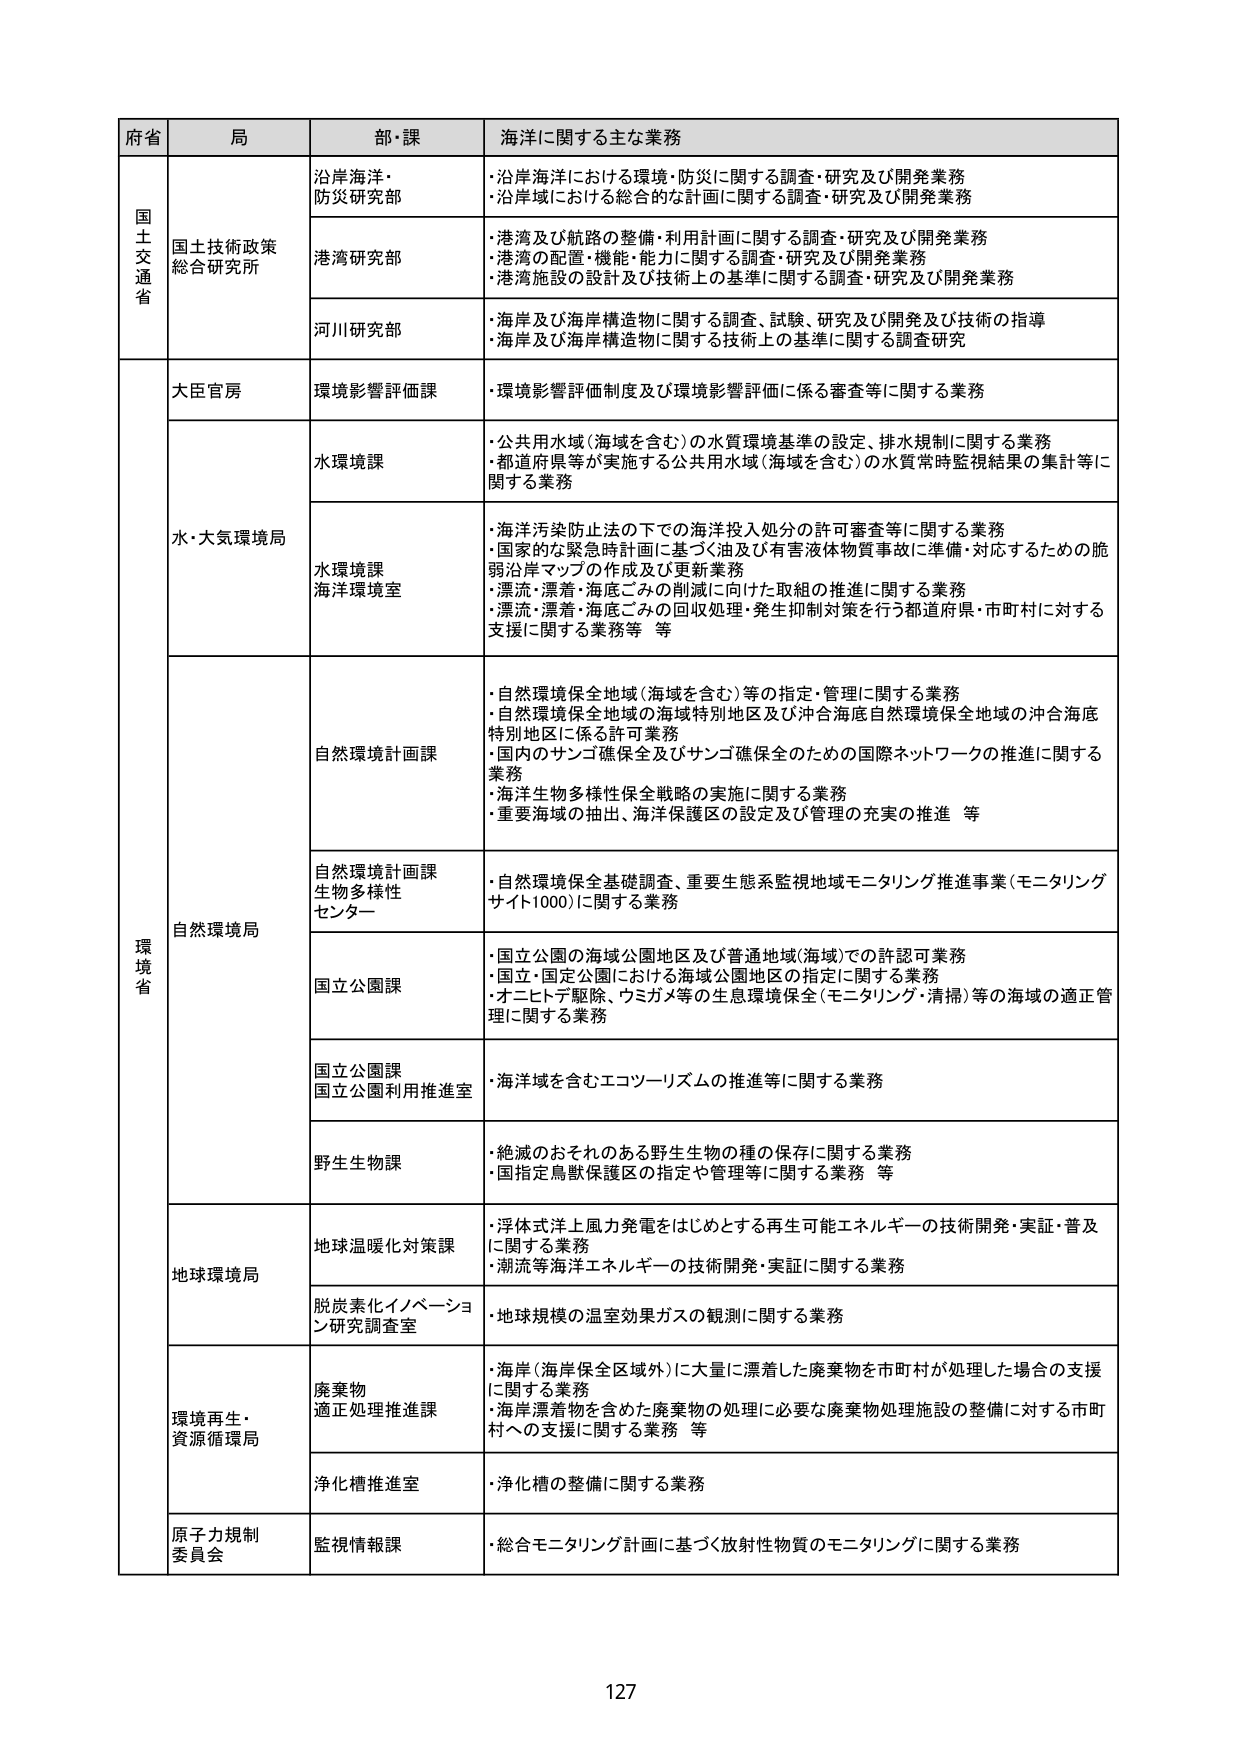
府省 局 部・課 海洋に関する主な業務
国土交通省 国土技術政策総合研究所 沿岸海洋・防災研究部 ・沿岸海洋における環境・防災に関する調査・研究及び開発業務 ・沿岸域における総合的な計画に関する調査・研究及び開発業務
港湾研究部 ・港湾及び航路の整備・利用計画に関する調査・研究及び開発業務 ・港湾の配置・機能・能力に関する調査・研究及び開発業務 ・港湾施設の設計及び技術上の基準に関する調査・研究及び開発業務
河川研究部 ・海岸及び海岸構造物に関する調査、試験、研究及び開発及び技術の指導 ・海岸及び海岸構造物に関する技術上の基準に関する調査研究
環境省 大臣官房 環境影響評価課 ・環境影響評価制度及び環境影響評価に係る審査等に関する業務
水・大気環境局 水環境課 ・公共用水域（海域を含む）の水質環境基準の設定、排水規制に関する業務 ・都道府県等が実施する公共用水域（海域を含む）の水質常時監視結果の集計等に関する業務
水環境課 海洋環境室 ・海洋汚染防止法の下での海洋投入処分の許可審査等に関する業務 ・国家的な緊急時計画に基づく油及び有害液体物質事故に準備・対応するための脆弱沿岸マップの作成及び更新業務 ・漂流・漂着・海底ごみの削減に向けた取組の推進に関する業務 ・漂流・漂着・海底ごみの回収処理・発生抑制対策を行う都道府県・市町村に対する支援に関する業務等 等
自然環境局 自然環境計画課 ・自然環境保全地域（海域を含む）等の指定・管理に関する業務 ・自然環境保全地域の海域特別地区及び沖合海底自然環境保全地域の沖合海底特別地区に係る許可業務 ・国内のサンゴ礁保全及びサンゴ礁保全のための国際ネットワークの推進に関する業務 ・海洋生物多様性保全戦略の実施に関する業務 ・重要海域の抽出、海洋保護区の設定及び管理の充実の推進 等
自然環境計画課 生物多様性センター ・自然環境保全基礎調査、重要生態系監視地域モニタリング推進事業（モニタリングサイト1000）に関する業務
国立公園課 ・国立公園の海域公園地区及び普通地域（海域）での許認可業務 ・国立・国定公園における海域公園地区の指定に関する業務 ・オニヒトデ駆除、ウミガメ等の生息環境保全（モニタリング・清掃）等の海域の適正管理に関する業務
国立公園課 国立公園利用推進室 ・海洋域を含むエコツーリズムの推進等に関する業務
野生生物課 ・絶滅のおそれのある野生生物の種の保存に関する業務 ・国指定鳥獣保護区の指定や管理等に関する業務 等
地球環境局 地球温暖化対策課 ・浮体式洋上風力発電をはじめとする再生可能エネルギーの技術開発・実証・普及に関する業務 ・潮流等海洋エネルギーの技術開発・実証に関する業務
脱炭素化イノベーション研究調査室 ・地球規模の温室効果ガスの観測に関する業務
環境再生・資源循環局 廃棄物適正処理推進課 ・海岸（海岸保全区域外）に大量に漂着した廃棄物を市町村が処理した場合の支援に関する業務 ・海岸漂着物を含めた廃棄物の処理に必要な廃棄物処理施設の整備に対する市町村への支援に関する業務 等
浄化槽推進室 ・浄化槽の整備に関する業務
原子力規制委員会 監視情報課 ・総合モニタリング計画に基づく放射性物質のモニタリングに関する業務
127